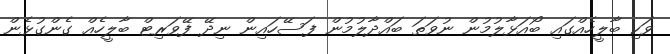
ވަކި ބާލީހެއްގައި ބޯއަޅާލުމުން ނުވަތަ ބައްދާލުމުން ފަސޭހައިން ނިދޭ ފޭވަރިޓް ބާލީހެއް ގެންގުޅެން